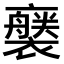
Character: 𧞚